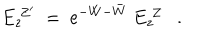
E _ { z } ^ { \ Z ^ { \prime } } \ = \ \mathrm { e } ^ { - W - \bar { W } } \ E _ { z } ^ { \ Z } \ \ \ .